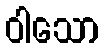
ဝါသော